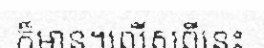
ក៏មាន។លើសពីនេះ